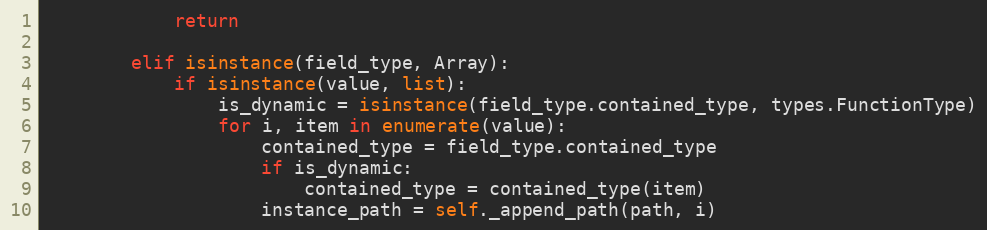
Language: Python
            return

        elif isinstance(field_type, Array):
            if isinstance(value, list):
                is_dynamic = isinstance(field_type.contained_type, types.FunctionType)
                for i, item in enumerate(value):
                    contained_type = field_type.contained_type
                    if is_dynamic:
                        contained_type = contained_type(item)
                    instance_path = self._append_path(path, i)